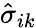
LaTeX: \hat{\sigma}_{ik}